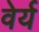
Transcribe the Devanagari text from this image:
वेर्य